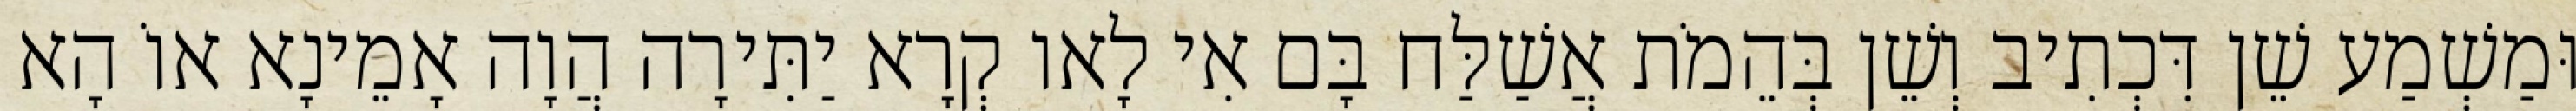
וּמַשְׁמַע שֵׁן דִּכְתִיב וְשֵׁן בְּהֵמֹת אֲשַׁלַּח בָּם אִי לָאו קְרָא יַתִּירָה הֲוָה אָמֵינָא אוֹ הָא